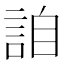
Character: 詯